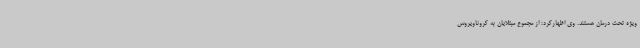
ویژه تحت درمان هستند. وی اظهارکرد: از مجموع مبتلایان به کروناویروس